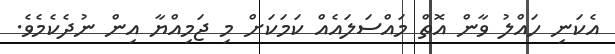
އެކަނި ހައްލު ވާން އޮތް މައްސަލައެއް ކަމަކަށް މި ޖަމިއްޔާ އިން ނުދެކެމެވެ.